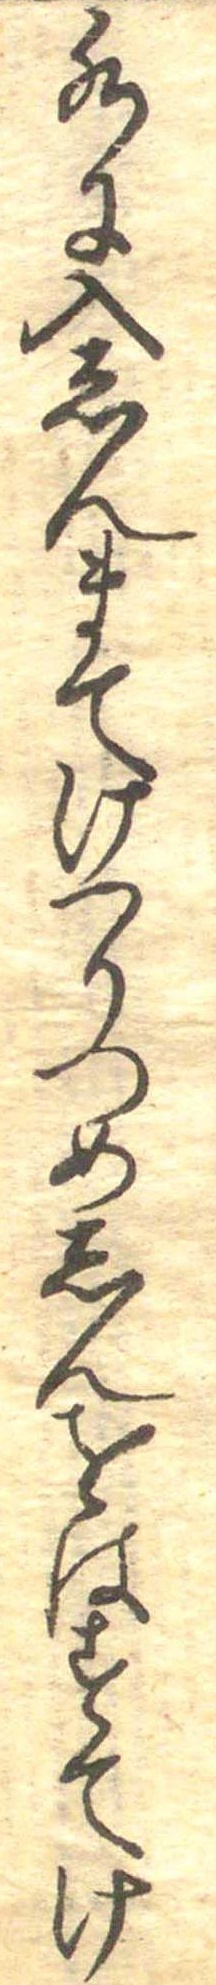
水に入しんまてけつりつめしんをはすてけ